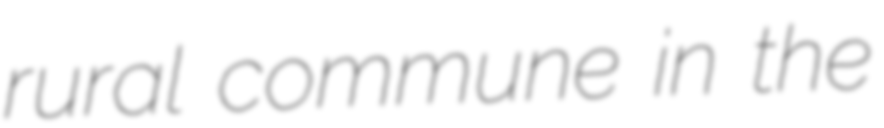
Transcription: rural commune in the